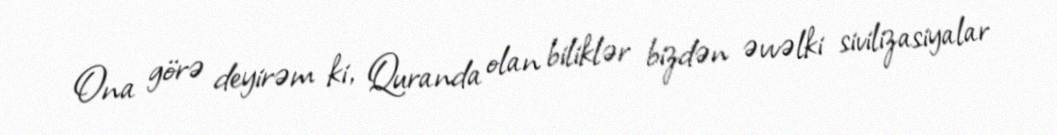
Ona görə deyirəm ki, Quranda olan biliklər bizdən əvvəlki sivilizasiyalar